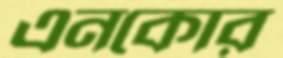
এনকোর